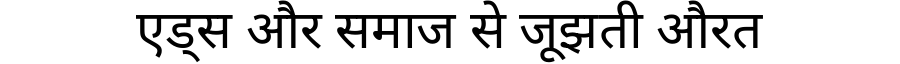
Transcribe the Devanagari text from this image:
एड्स और समाज से जूझती औरत